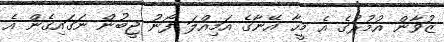
ޒުވާން އުމުރުގެ އެ މީހާ އޭނާގެ އަމިއްލަ ފޯނު ޖީބުން ނަގައިގެން އެ